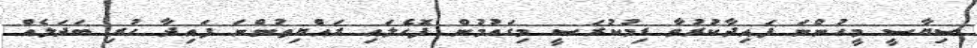
ސިޔާސީ މީހުންނަ ފައިދާކުރުވާ ޑިމުކުރަސީ މިގައުމުން ފޮހެލައި ރައްޔިތުންނަ ފައިދާ ހުރި ބަދަލެއް